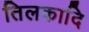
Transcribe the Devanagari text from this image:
तिलकादि